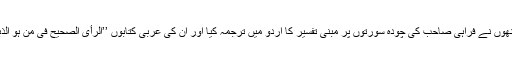
اس کے ساتھ ساتھ انھوں نے فراہی صاحب کی چودہ سورتوں پر مبنی تفسیر کا اردو میں ترجمہ کیا اور ان کی عربی کتابوں ’’الرأی الصحیح فی من ہو الذبیح‘‘(ذبیح کون ہے؟